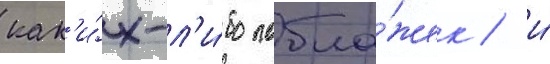
как'и́х-л'и́бо побла́жек / и́